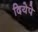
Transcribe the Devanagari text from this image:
दियेपे